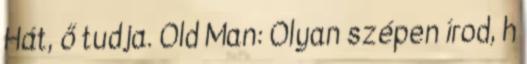
Hát, ő tudja. Old Man: Olyan szépen írod, h